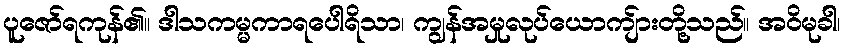
ပူဇော်ရကုန်၏။ ဒါသကမ္မကာရပေါရိသာ၊ ကျွန်အမှုလုပ်ယောကျ်ားတို့သည်။ အဝိမုခါ၊